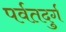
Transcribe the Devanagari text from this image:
पर्वतदुर्ग